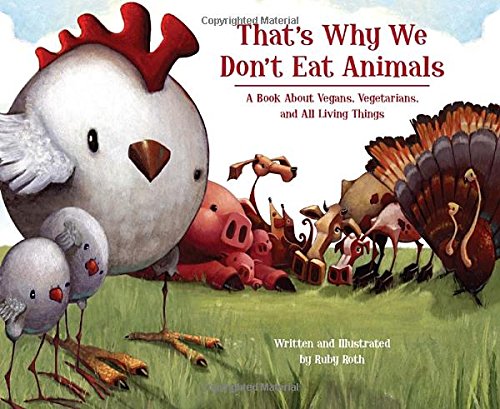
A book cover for That's Why We Don't Eat Animals: A Book About Vegans, Vegetarians, and All Living Things; Ruby Roth; Health, Fitness & Dieting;